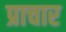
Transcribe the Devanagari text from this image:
प्राचार